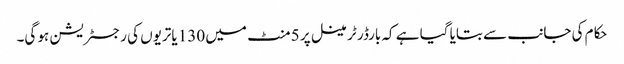
حکام کی جانب سے بتایا گیا ہے کہ بارڈر ٹرمینل پر 5 منٹ میں 130 یاتریوں کی رجسٹریشن ہو گی۔